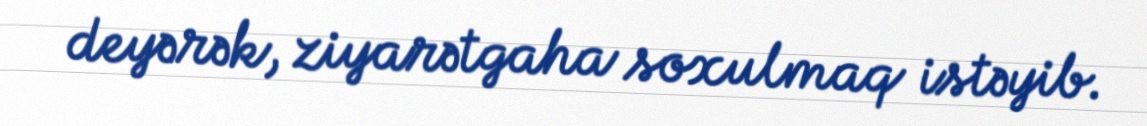
deyərək, ziyarətgaha soxulmaq istəyib.